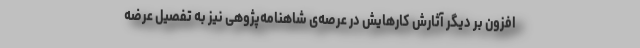
افزون بر دیگر آثارش کارهایش در عرصه‌ی شاهنامه‌پژوهی نیز به تفصیل عرضه